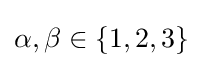
\alpha ,\beta \in \{1,2,3\}